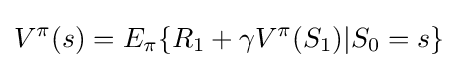
V^{\pi }(s)=E_{\pi }\{R_{1}+\gamma V^{\pi }(S_{1})|S_{0}=s\}